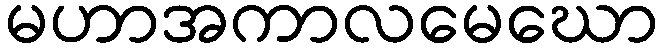
မဟာအကာလမေဃော